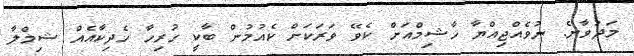
މަދުވާނެ. ނުވެއްޖިއްޔާ ހާޝިމްއަށް ކެވޭ ވަރަކަށް ކެއުމުން ބާކީ ހުރިހާ ހެދިކާއެއް ޝިމްލާ